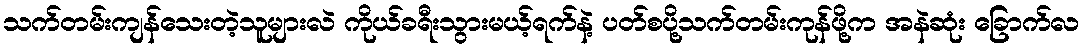
သက်တမ်းကျန်သေးတဲ့သူများလဲ ကိုယ်ခရီးသွားမယ့်ရက်နဲ့ ပတ်စပို့သက်တမ်းကုန်ဖို့က အနဲဆုံး ခြောက်လ